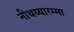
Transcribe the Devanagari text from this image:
नीथय्यारम्मा